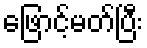
ဖြောင့်မတ်ပြီး